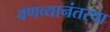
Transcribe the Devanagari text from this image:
वणव्यानंतरचा